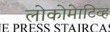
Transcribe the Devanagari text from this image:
लोकोमेाटिव्ह